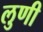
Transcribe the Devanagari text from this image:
लुणी